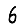
Digit: 6